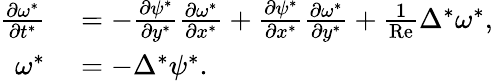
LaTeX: \begin{array}{rl}{\frac{\partial\omega^{*}}{\partial t^{*}}}&{{}=-\frac{\partial\psi^{*}}{\partial y^{*}}\frac{\partial\omega^{*}}{\partial x^{*}}+\frac{\partial\psi^{*}}{\partial x^{*}}\frac{\partial\omega^{*}}{\partial y^{*}}+\frac{1}{\mathrm{Re}}\Delta^{*}\omega^{*},}\\ {\omega^{*}}&{{}=-\Delta^{*}\psi^{*}.}\end{array}